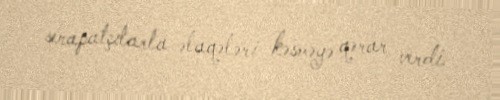
serapatçılarla əlaqələri kəsməyə qərar verdi.